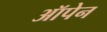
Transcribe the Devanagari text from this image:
ऑपेन